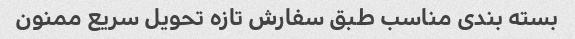
بسته بندی مناسب طبق سفارش تازه تحویل سریع ممنون